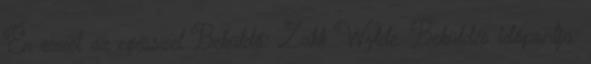
Én ezzel az egésszel Beküldő: Zakk Wylde. Beküldés időpontja: